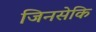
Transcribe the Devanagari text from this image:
जिनसेकि